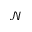
\mathcal { N }